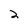
Character: 2